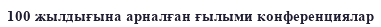
100 жылдығына арналған ғылыми конференциялар